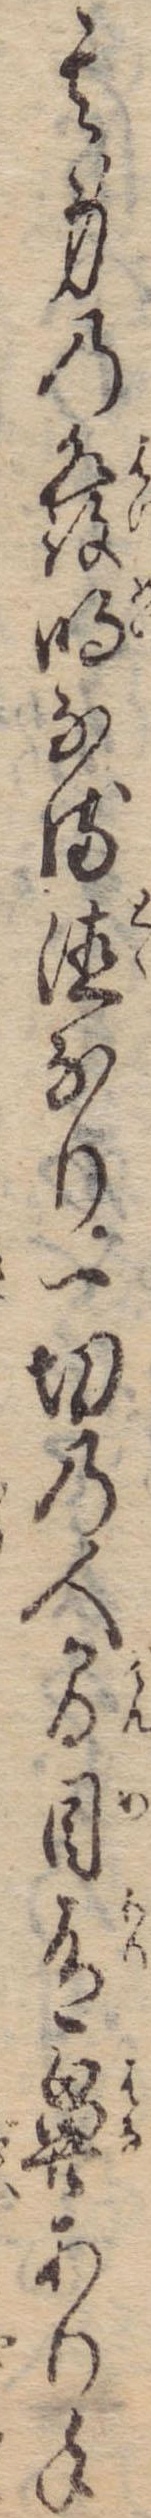
其身の発明なる徳なり一切の人間目有鼻あり手